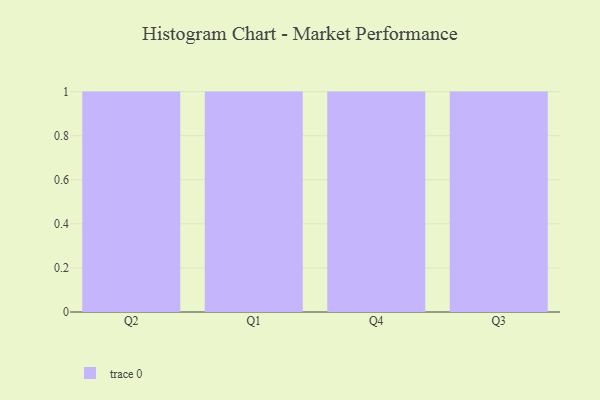
{"axis": {"x": "Quarter", "y": "Page Views"}, "legend": [""], "data": [{"x": "Q2", "y": 36, "type": ""}, {"x": "Q1", "y": 46, "type": ""}, {"x": "Q4", "y": 32, "type": ""}, {"x": "Q3", "y": 100, "type": ""}]}